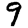
Digit: 9